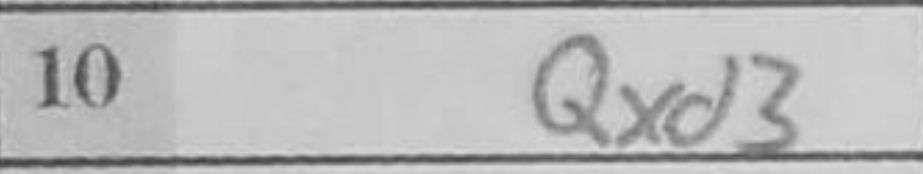
Transcription: Qxd3